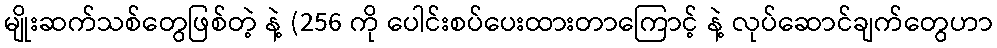
မျိုးဆက်သစ်တွေဖြစ်တဲ့ နဲ့ (256 ကို ပေါင်းစပ်ပေးထားတာကြောင့် နဲ့ လုပ်ဆောင်ချက်တွေဟာ